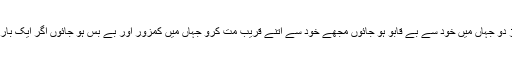
رفعت مجھے اتنے قریب مت آنے دو جہاں تم کسی کا یقین توڑ دو جہاں میں خود سے بے قابو ہو جائوں مجھے خود سے اتنے قریب مت کرو جہاں میں کمزور اور بے بس ہو جائوں اگر ایک بار سانسیں ٹکراگئیں تو پھر الگ الگ سانسیں لینا مشکل ہو جائیگا۔